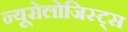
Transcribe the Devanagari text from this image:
न्यूरोलोजिस्ट्स